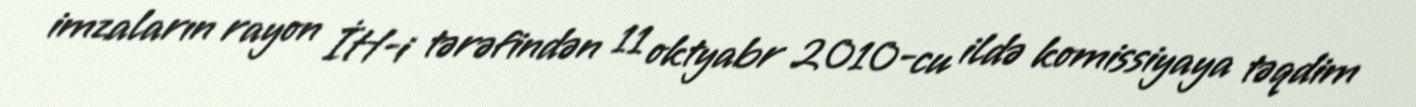
imzaların rayon İH-i tərəfindən 11 oktyabr 2010-cu ildə komissiyaya təqdim